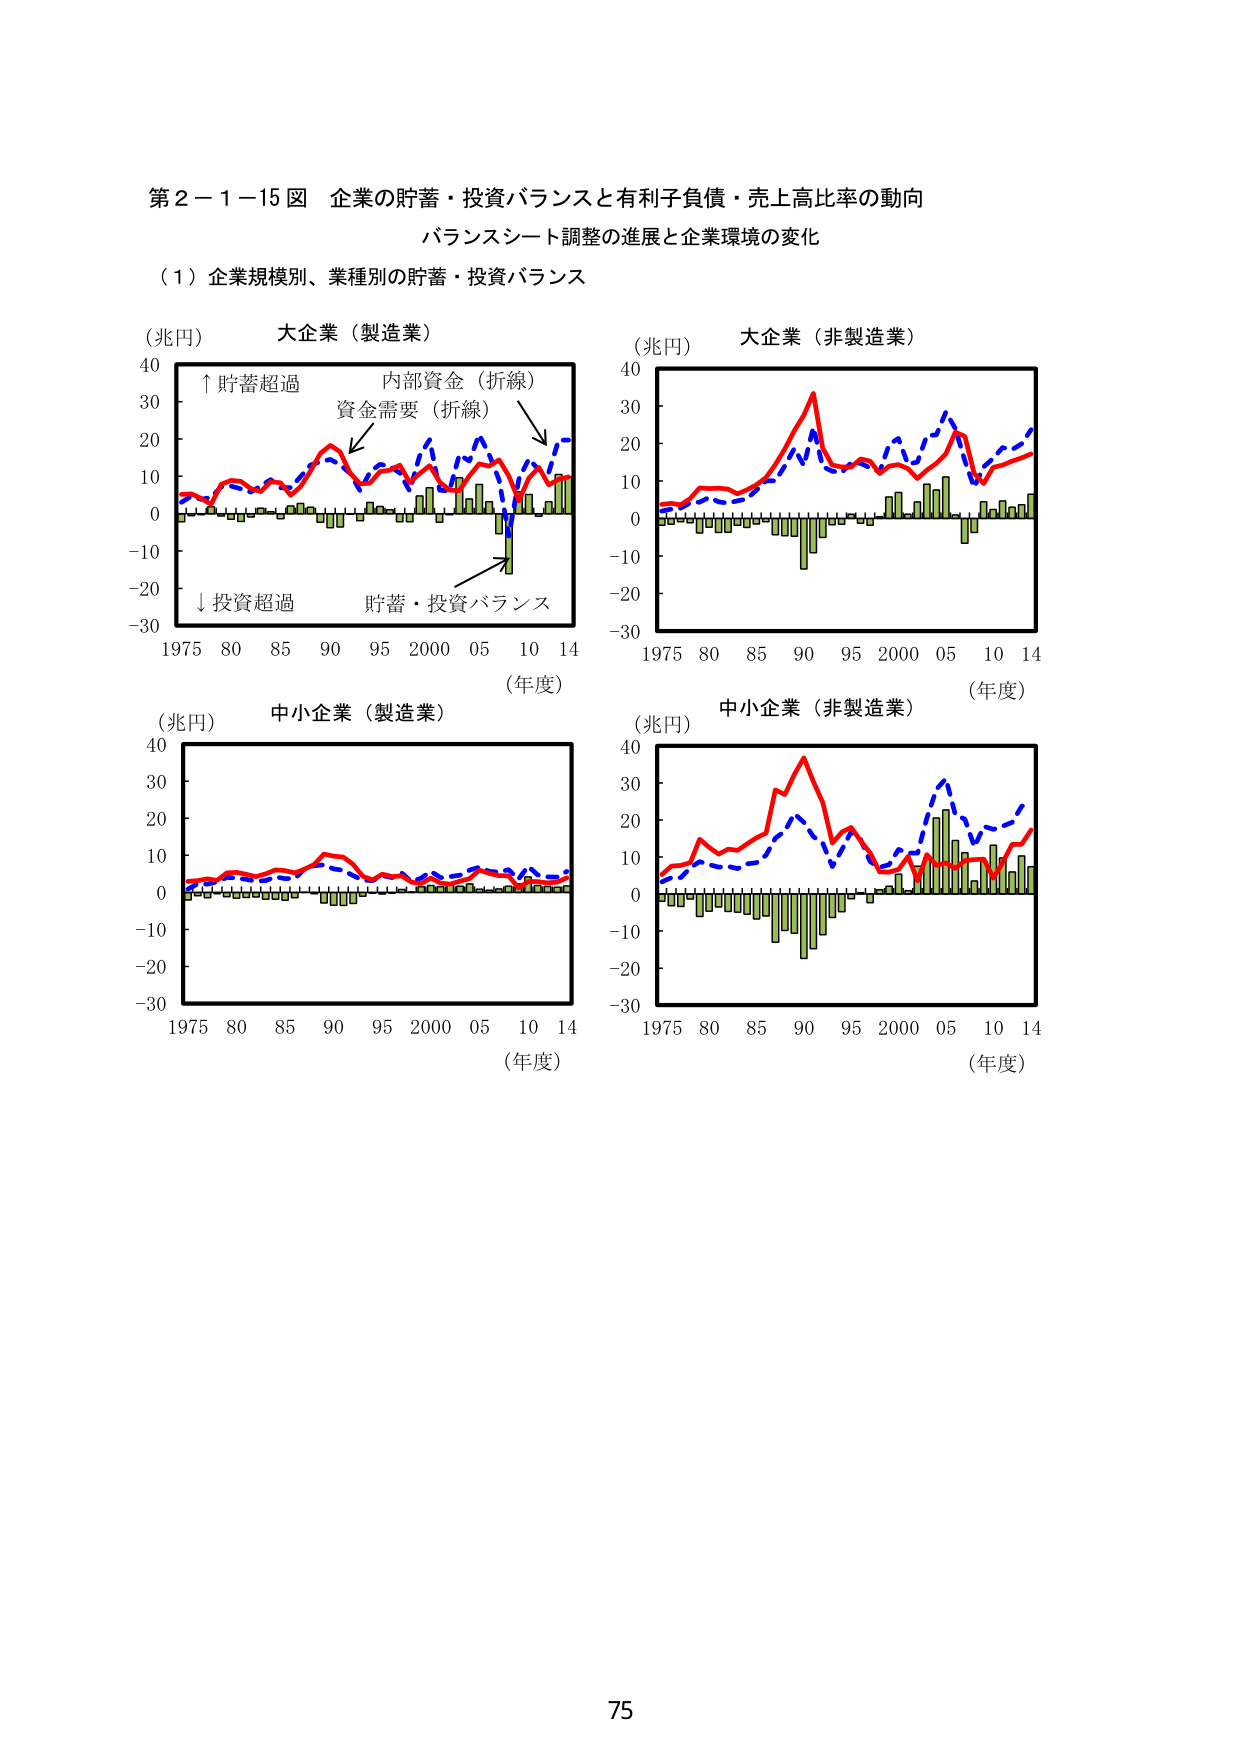
第２－１－15 図 企業の貯蓄・投資バランスと有利子負債・売上高比率の動向
バランスシート調整の進展と企業環境の変化

（１）企業規模別、業種別の貯蓄・投資バランス

（兆円） 大企業（製造業）
↑貯蓄超過
内部資金（折線）
資金需要（折線）
↓投資超過
貯蓄・投資バランス
（年度）
1975 80 85 90 95 2000 05 10 14

（兆円） 大企業（非製造業）
（年度）
1975 80 85 90 95 2000 05 10 14

（兆円） 中小企業（製造業）
（年度）
1975 80 85 90 95 2000 05 10 14

（兆円） 中小企業（非製造業）
（年度）
1975 80 85 90 95 2000 05 10 14

75